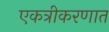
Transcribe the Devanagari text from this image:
एकत्रीकरणात